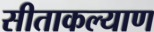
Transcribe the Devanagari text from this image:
सीताकल्याण